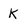
Character: K